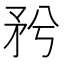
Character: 𥍠